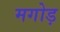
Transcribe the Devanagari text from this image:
मगोड़